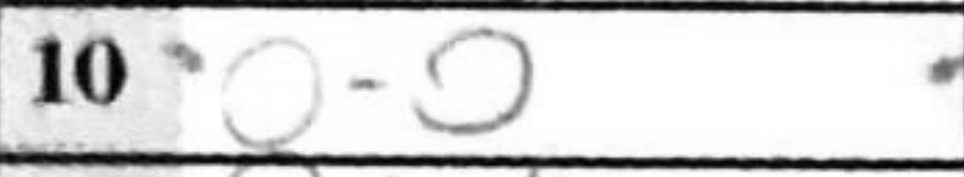
Transcription: O-O